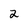
Character: 2